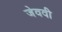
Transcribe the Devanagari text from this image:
जेववी